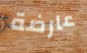
عارضة